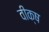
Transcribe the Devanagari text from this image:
वीक्ष